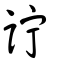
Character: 詝